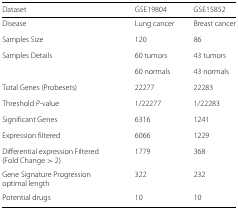
| Dataset | GSE19804 | GSE15852 |
 | --- | --- | --- |
 | Disease | Lung cancer | Breast cancer |
 | Samples Size | 120 | 86 |
 | Samples Details | 60 tumors | 43 tumors |
 |  | 60 normals | 43 normals |
 | Total Genes (Probesets) | 22277 | 22283 |
 | Threshold P-value | 1/22277 | 1/22283 |
 | Significant Genes | 6316 | 1241 |
 | Expression filtered | 6066 | 1229 |
 | Differential expression Filtered (Fold Change > 2) | 1779 | 368 |
 | Gene Signature Progression optimal length | 322 | 232 |
 | Potential drugs | 10 | 10 |